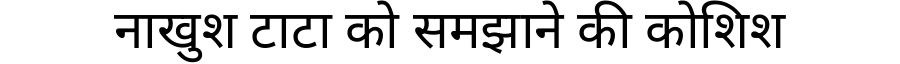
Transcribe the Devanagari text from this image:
नाखुश टाटा को समझाने की कोशिश